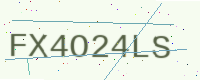
Text: FX4O24LS